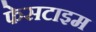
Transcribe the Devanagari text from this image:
फेसटाइम